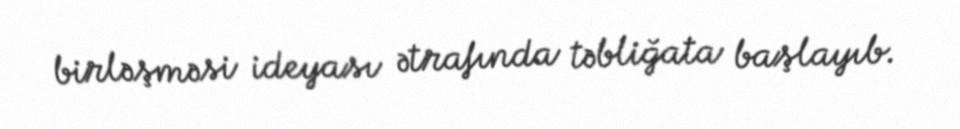
birləşməsi ideyası ətrafında təbliğata başlayıb.